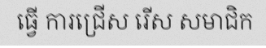
ធ្វើ ការជ្រើស រើស សមាជិក